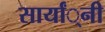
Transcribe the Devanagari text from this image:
सार्यां्नी